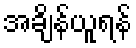
အချိန်ယူရန်